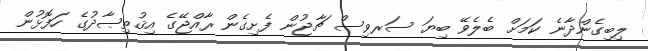
ލިބިގެންދާނެ ކަމަށް ބެލެވޭ ބިޔަ ސަރވިސް ޗާޖުން ފެށިގެން ރާއްޖޭގެ އިޤުތިޞާދުގެ ހަފޮޅުން